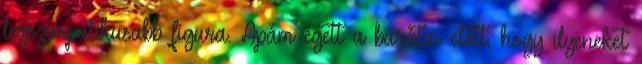
legszimpatikusabb figura. Apám égett a barátai előtt, hogy ilyeneket